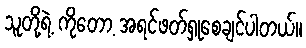
သူတို့ရဲ့ ကိုတော့ အရင်ဖတ်ရှုစေချင်ပါတယ်။